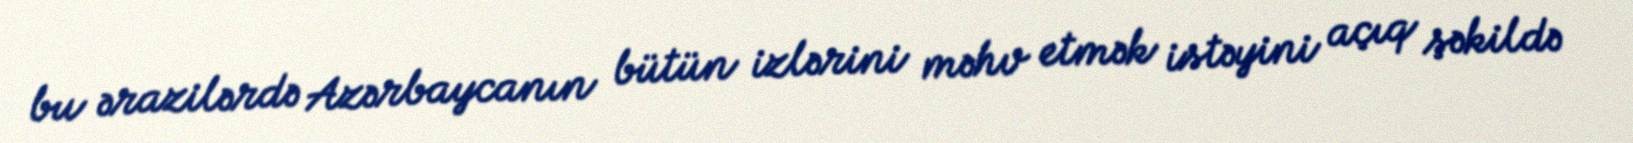
bu ərazilərdə Azərbaycanın bütün izlərini məhv etmək istəyini açıq şəkildə